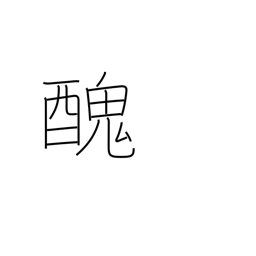
Meaning: ugly